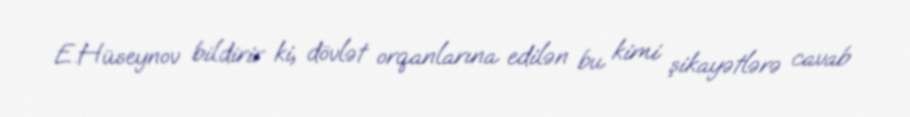
E.Hüseynov bildirir ki, dövlət orqanlarına edilən bu kimi şikayətlərə cavab